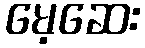
မေ့ဆေး